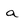
Character: a